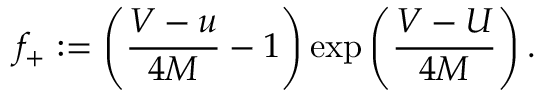
f _ { + } : = \left( \frac { V - u } { 4 M } - 1 \right) \exp \left( \frac { V - U } { 4 M } \right) .